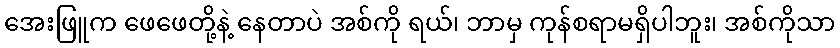
အေးဖြူက ဖေဖေတို့နဲ့ နေတာပဲ အစ်ကို ရယ်၊ ဘာမှ ကုန်စရာမရှိပါဘူး၊ အစ်ကိုသာ